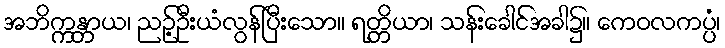
အဘိက္ကန္တာယ၊ ညဉ့်ဦးယံလွန်ပြီးသော။ ရတ္တိယာ၊ သန်းခေါင်အခါ၌။ ကေဝလကပ္ပံ၊